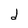
Character: d